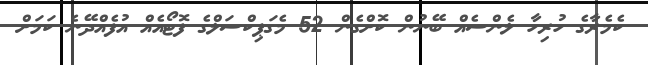
ކެމެރާގެ ހުރިހާ ލެންސެއް ބޭނުން ކޮށްގެން 52 މެގަޕިކްސަލްގެ ފޮޓޯއެއް އުފެއްދޭނެ ކަމަށް